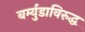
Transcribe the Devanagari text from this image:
बर्म्युडाविरुद्ध